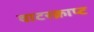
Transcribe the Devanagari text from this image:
वाटरक्राप्ट